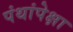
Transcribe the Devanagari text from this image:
पंथांपेक्षा